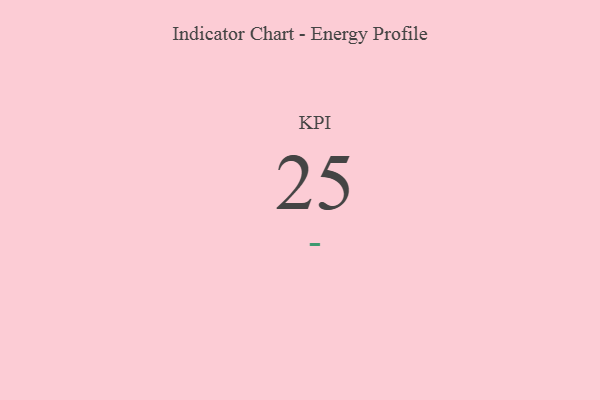
{"axis": {"x": "KPI", "y": "Value"}, "legend": [""], "data": [{"x": "KPI", "y": 25, "type": ""}]}